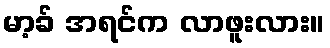
မာ့ခ် အရင်က လာဖူးလား။